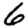
Digit: 6